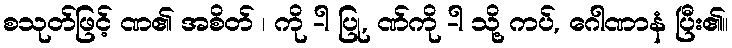
စသုတ်ဖြင့် ဏ၏ အစိတ် ၊ ကို -ါ ပြု, ဏ်ကို -ါ သို့ ကပ်, ဂေါဏာနံ ပြီး၏။